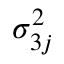
\sigma _ { 3 j } ^ { 2 }